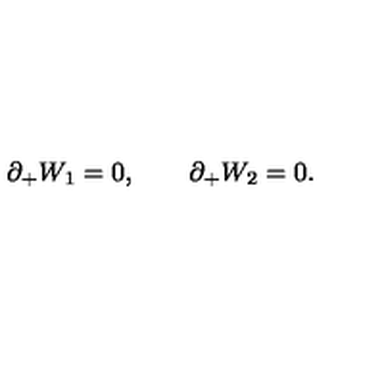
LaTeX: \partial _ { + } W _ { 1 } = 0 , \qquad \partial _ { + } W _ { 2 } = 0 .